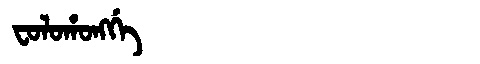
Manchu: ᠸᠣᠯᠣᡥᠣᠩᡤᡝ
Romanization: FOLOHONGGE